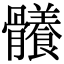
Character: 𩪴